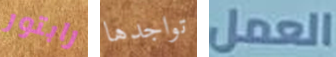
رابتور تواجدها العمل